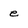
Character: e